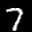
Label: 7